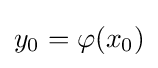
y_{0}=\varphi (x_{0})